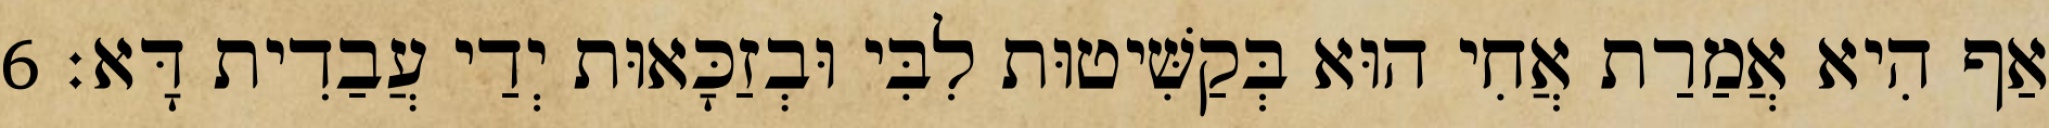
אַף הִיא אֲמַרַת אֲחִי הוּא בְּקַשִּׁיטוּת לִבִּי וּבְזַכָּאוּת יְדַי עֲבַדִית דָּא׃ 6